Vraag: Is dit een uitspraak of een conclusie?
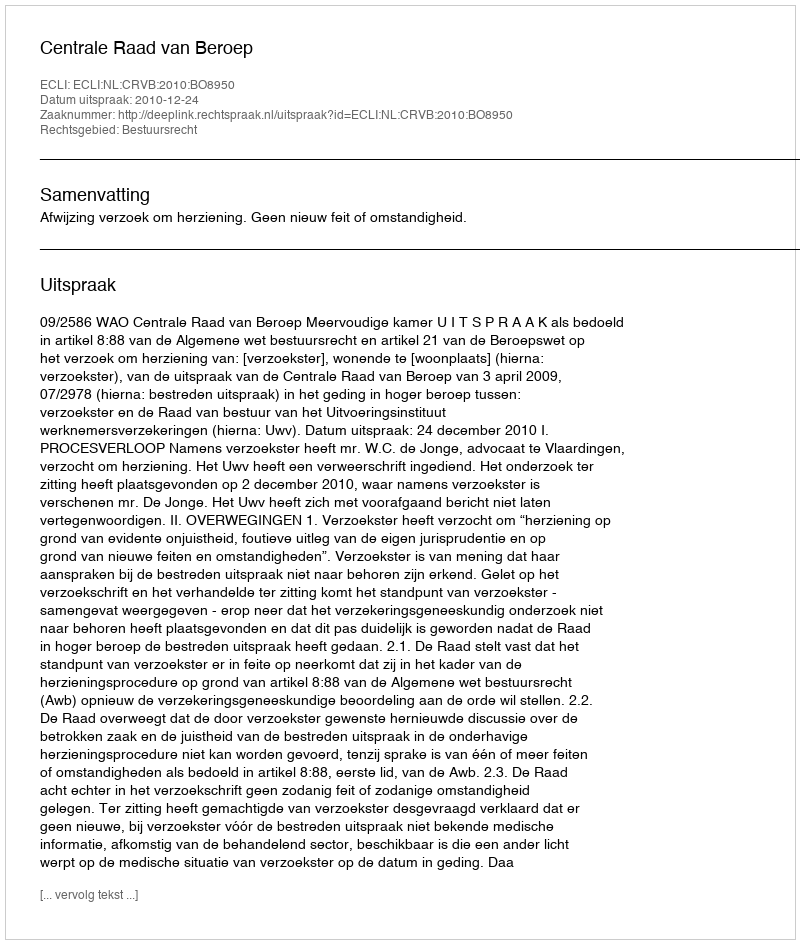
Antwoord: Uitspraak